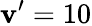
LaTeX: \mathbf{v}’=10